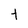
Character: Y